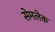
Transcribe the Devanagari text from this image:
सेमलेक